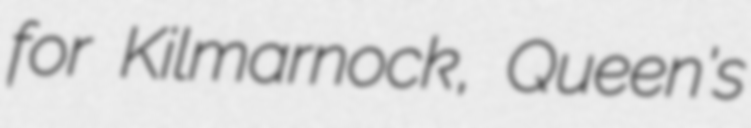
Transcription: for Kilmarnock, Queen's